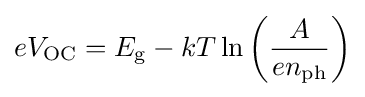
eV_{\text{OC}}=E_{\text{g}}-kT\ln \left({\frac {A}{en_{\text{ph}}}}\right)